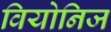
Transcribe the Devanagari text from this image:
वियोनिज